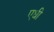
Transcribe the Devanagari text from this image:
एधी